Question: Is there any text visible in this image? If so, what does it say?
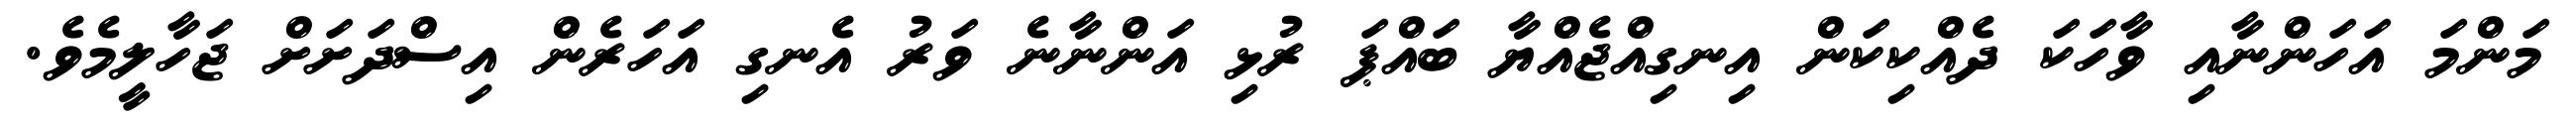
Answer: މަންމަ އަހަންނާއި ވާހަކަ ދެއްކިކަން އިނގިއްޖެއްޔާ ބައްޕަ ރުޅި އަންނާނެ ވަރު އެނގި އަހަރެން އިސްދަށަށް ޖަހާލީމެވެ.